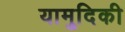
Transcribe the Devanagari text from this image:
यामुदिकी